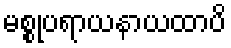
မစ္စုပရာယနာယထာပိ